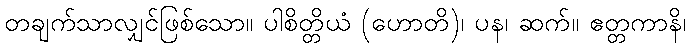
တချက်သာလျှင်ဖြစ်သော။ ပါစိတ္တိယံ (ဟောတိ)၊ ပန၊ ဆက်။ ဧတ္တကာနိ၊